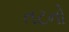
તટનો